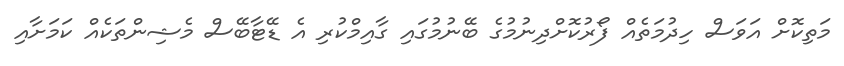
މަތިކޮށް އަވަސް ހިދުމަތެއް ފޯރުކޮށްދިނުމުގެ ބޭނުމުގައި ގާއިމްކުރި އެ ޑޭޓާބޭސް މެޝިންތަކެއް ކަމަށާއި